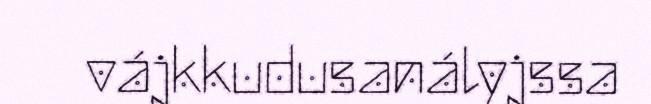
vájkkudusanályjssa